Leningradi_Edasi_toimetus, lk 206
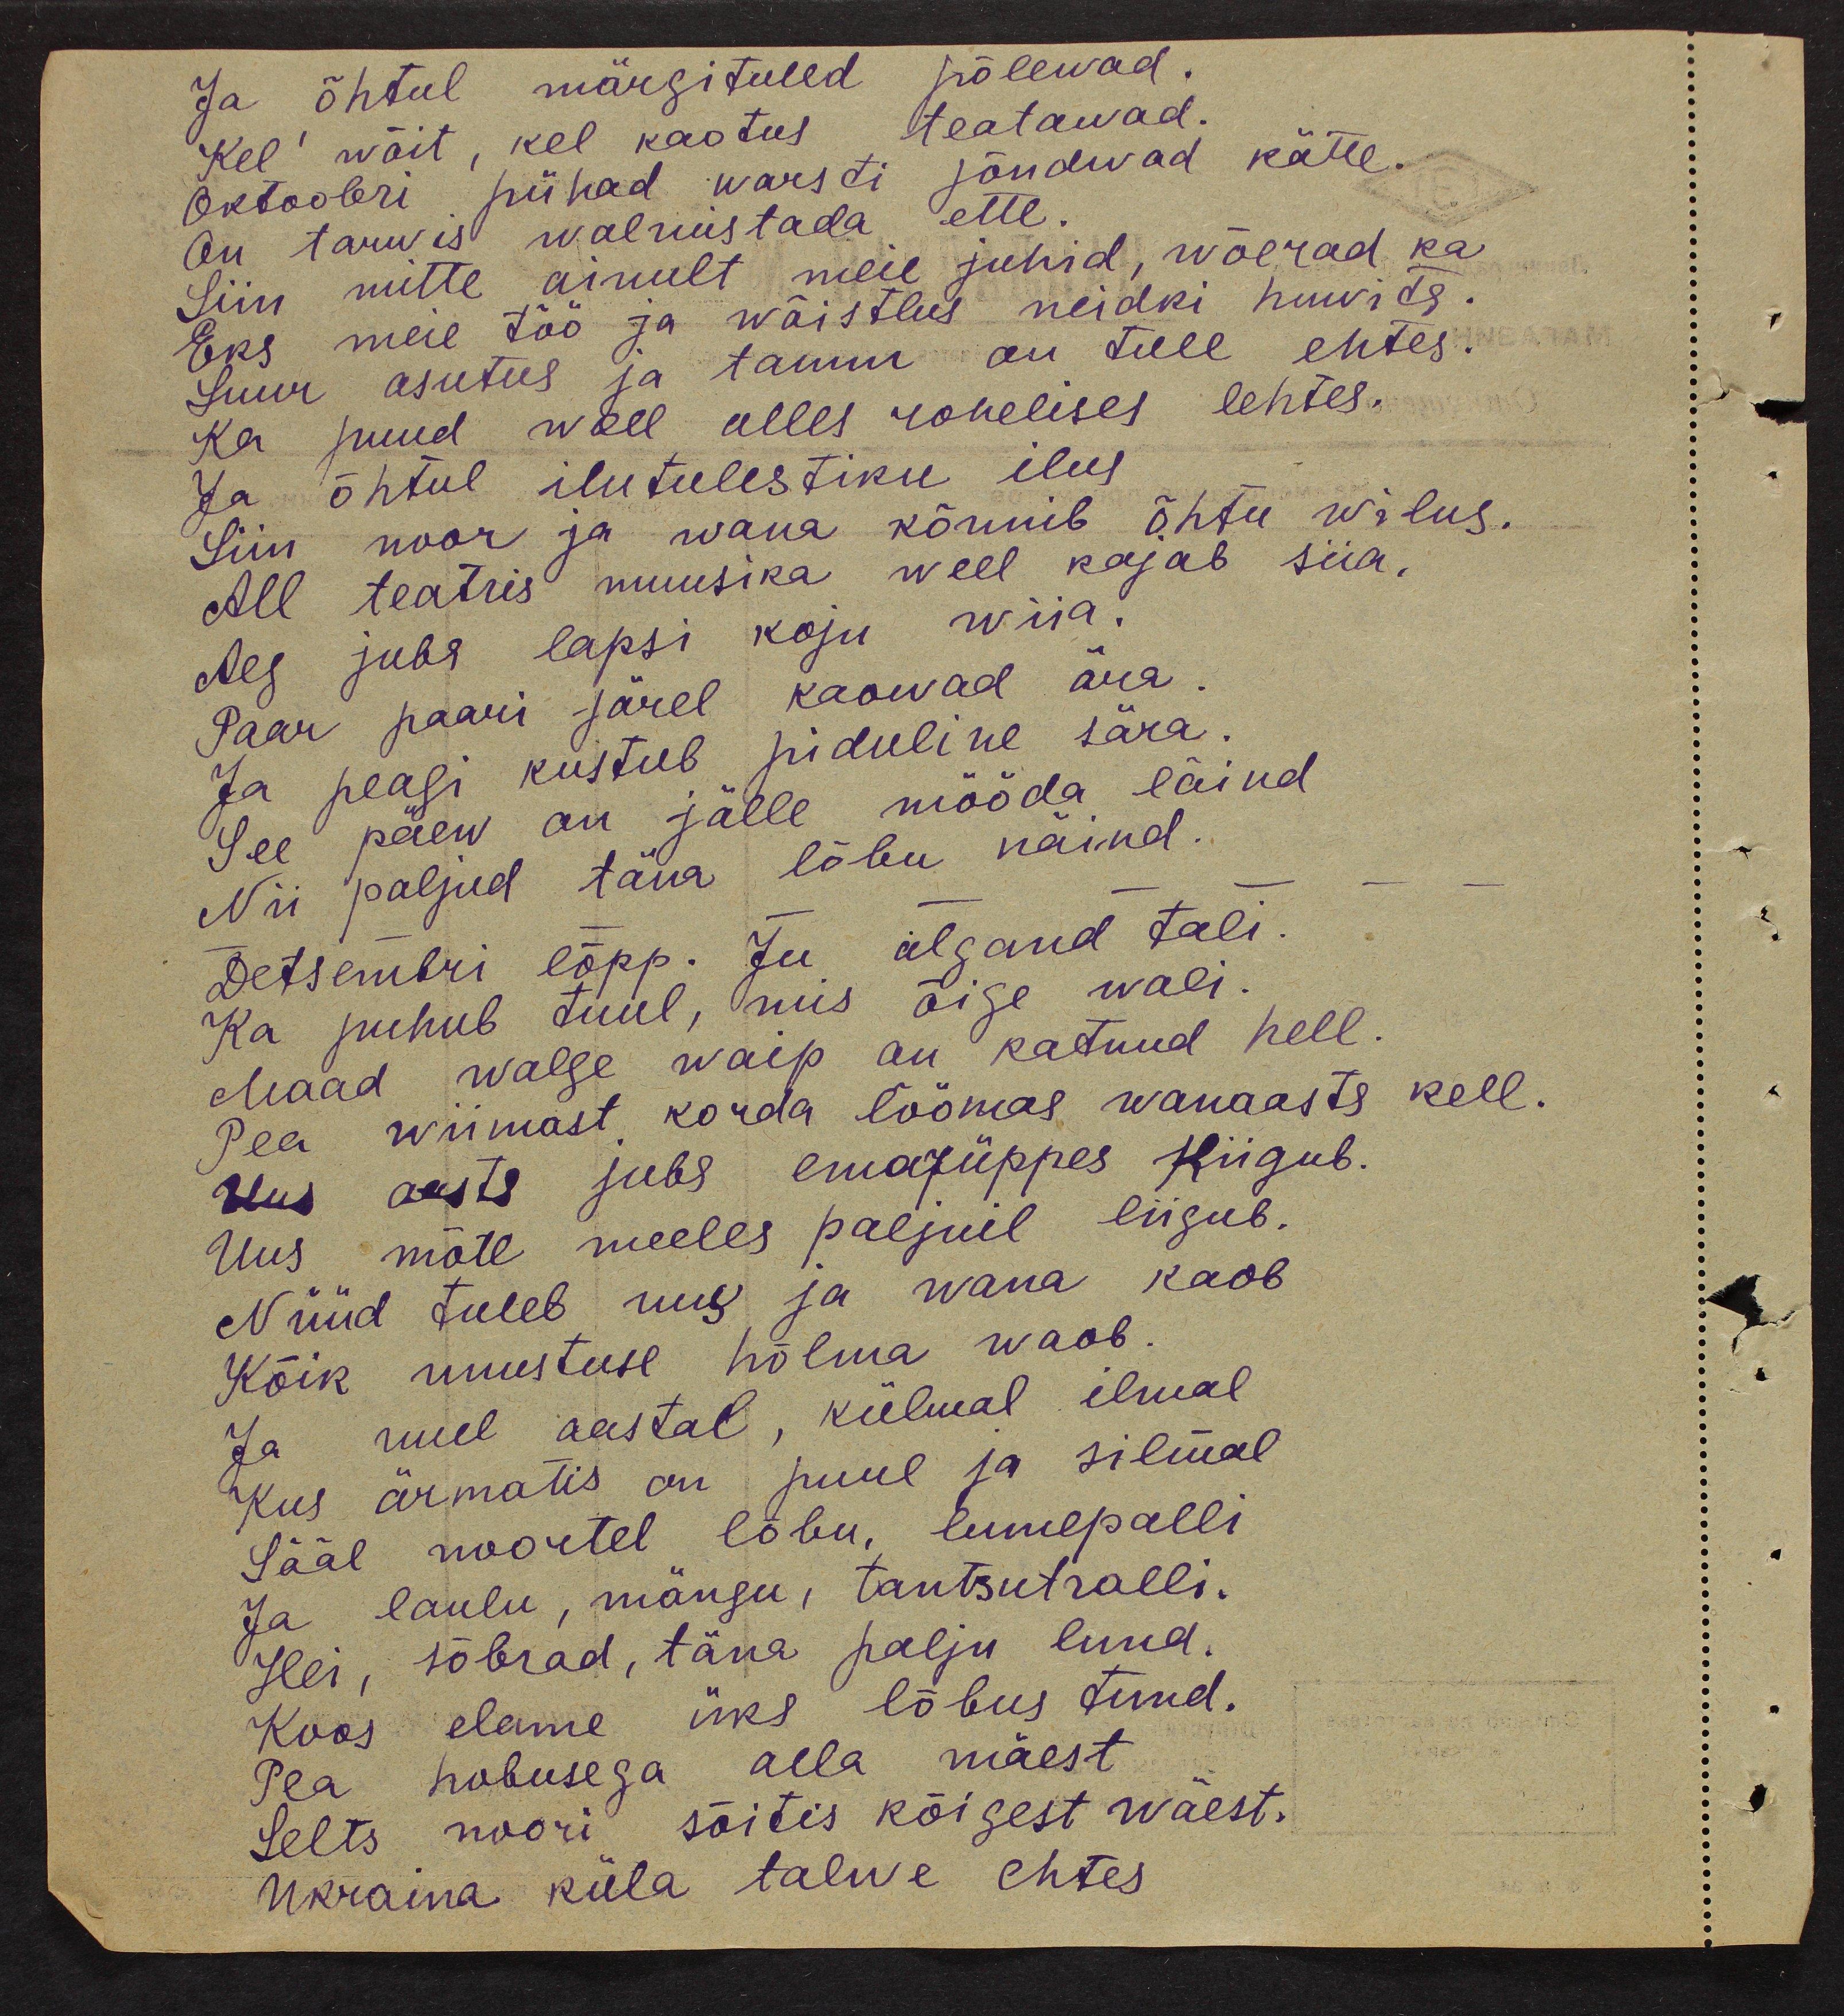
Ja õhtul märgituled põlewad.
kel! wõit kel kaotus teatawad.
Oktoobri pühad warsti jõuduvad kätte.
On tarwis walmistada ette.
Siin mitte ainult meie juhid, wõerad ka
Eks meie töö ja wõistlus neidki huvita.
Suur asutus ja tamm on tule ehtes.
Ka puud weel alles rohelises lehtes.
Ja õhtul ilutulestiku ilus
Siin noor ja wana kõnnib õhtu wilus.
All teatris muusika weel kajab siia,
Aeg juba lapsi koju wiia.
Paar paari järel kaowad ära.
Ja peagi kustub piduline sära.
See päew on jälle mööda läind
Nii paljud täna lõbu näind.
Detsembri lõpp. Ju algand tali.
Ka puhub tuul, mis õige wali.
Maad walge waip on katnud hell.
Pea wiimast korda löömas wanaasta kell.
Uus aasta juba emarüppes kiigub.
Uus mõte meeles paljuil liigub.
Nüüd tuleb uus ja wana kaob
Kõik unustuse hõlma waob.
Ja uuel aastal, külmal ilmal
Kus ärmatis on puul ja silmal
Sääl noortel lõbu, lumepalli
Ja laulu, mängu, tantsuralli.
Hei, sõbrad, täna palju lund.
Koos elame üks lõbus tund.
Pea hobusega alla mäest
Selts noori sõitis kõigest wäest.
Ukraina küla talwe ehtes